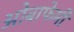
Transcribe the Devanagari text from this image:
ओबाफेमी